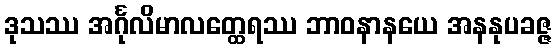
ဒုသဿ အင်္ဂုလိမာလတ္ထေရဿ ဘာဝနာနယေ အနနုပခဇ္ဇ